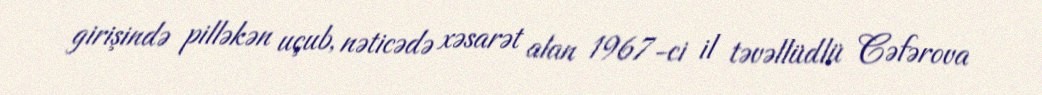
girişində pilləkən uçub, nəticədə xəsarət alan 1967-ci il təvəllüdlü Cəfərova